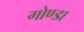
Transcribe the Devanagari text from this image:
गोण्‍डा